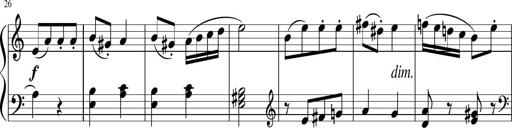
Title: 6 Progressive Sonatinas
Composer: Johann Anton AndrÃ©